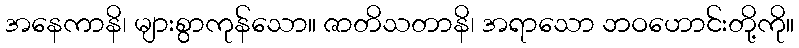
အနေကာနိ၊ များစွာကုန်သော။ ဇာတိသတာနိ၊ အရာသော ဘဝဟောင်းတို့ကို။